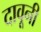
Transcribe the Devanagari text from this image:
दावूनी